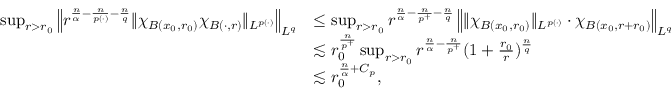
\begin{array} { r l } { \operatorname* { s u p } _ { r > r _ { 0 } } \left\| r ^ { \frac { n } { \alpha } - \frac { n } { p ( \cdot ) } - \frac { n } { q } } \| \chi _ { B ( x _ { 0 } , r _ { 0 } ) } \chi _ { B ( \cdot , r ) } \| _ { L ^ { p ( \cdot ) } } \right\| _ { L ^ { q } } } & { \le \operatorname* { s u p } _ { r > r _ { 0 } } r ^ { \frac { n } { \alpha } - \frac { n } { p ^ { + } } - \frac { n } { q } } \left\| \| \chi _ { B ( x _ { 0 } , r _ { 0 } ) } \| _ { L ^ { p ( \cdot ) } } \cdot \chi _ { B ( x _ { 0 } , r + r _ { 0 } ) } \right\| _ { L ^ { q } } } \\ & { \lesssim r _ { 0 } ^ { \frac { n } { p ^ { + } } } \operatorname* { s u p } _ { r > r _ { 0 } } r ^ { \frac { n } { \alpha } - \frac { n } { p ^ { + } } } ( 1 + \frac { r _ { 0 } } { r } ) ^ { \frac { n } { q } } } \\ & { \lesssim r _ { 0 } ^ { \frac { n } { \alpha } + C _ { p } } , } \end{array}